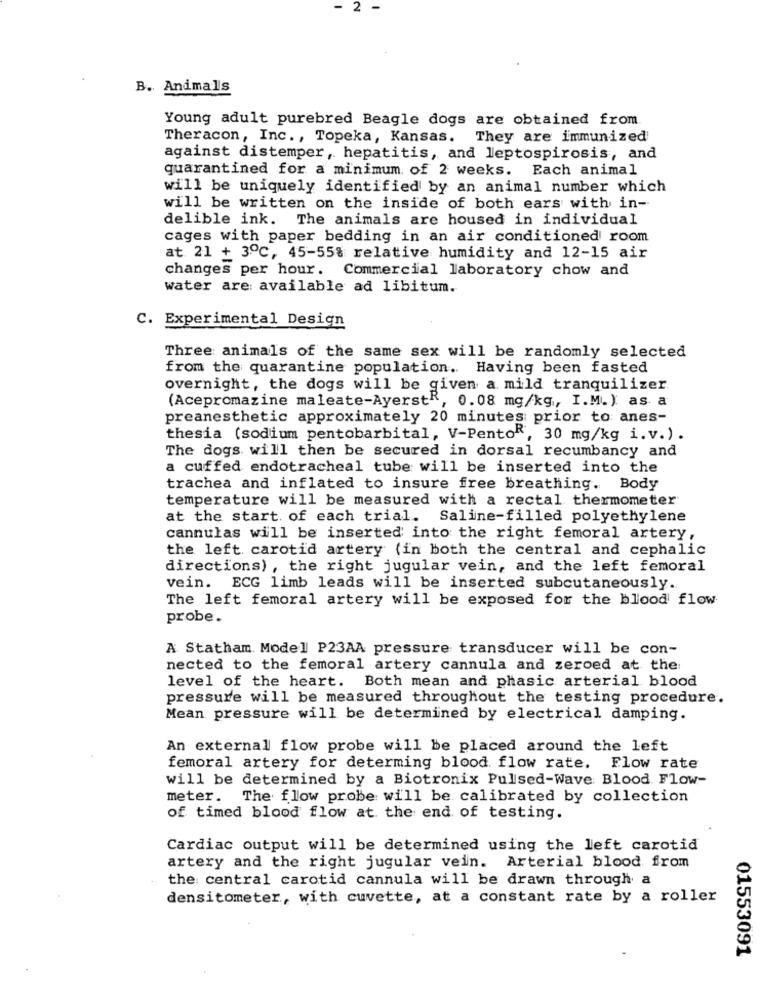
- 2 -
B. Animals
Young adult purebred Beagle dogs are obtained from.
Theracon, Inc ., Topeka, Kansas. They are immunized
against distemper, hepatitis, and leptospirosis, and
quarantined for a minimum of 2 weeks. Each animal
will be uniquely identified by an animal number which
will be written on the inside of both ears with in-
delible ink. The animals are housed in individual
cages with paper bedding in an air conditioned room
at 21 + 3℃, 45-55% relative humidity and 12-15 air
changes per hour. Commercial laboratory chow and
water are available ad libitum.
C. Experimental Design
Three animals of the same sex will be randomly selected
from the quarantine population. Having been fasted
overnight, the dogs will be given a mild tranquilizer
(Acepromazine maleate-AyerstR, 0.08 mg/kg, I.M.) as a
preanesthetic approximately 20 minutes prior to anes-
thesia (sodium pentobarbital, V-Pento", 30 mg/kg i.v.) .
The dogs will then be secured in dorsal recumbancy and
a cuffed endotracheal tube will be inserted into the
trachea and inflated to insure free breathing. Body
temperature will be measured with a rectal thermometer
at the start of each trial. Saline-filled polyethylene
cannulas will be inserted into the right femoral artery,
the left carotid artery (in both the central and cephalic
directions) , the right jugular vein, and the left femoral
vein. ECG limb leads will be inserted subcutaneously.
The left femoral artery will be exposed for the blood flow
probe.
A Statham. Model P23AA pressure transducer will be con-
nected to the femoral artery cannula and zeroed at the:
level of the heart. Both mean and phasic arterial blood
pressure will be measured throughout the testing procedure.
Mean pressure will be determined by electrical damping.
An external flow probe will be placed around the left
femoral artery for determing blood flow rate. Flow rate
will be determined by a Biotronix Pulsed-Wave Blood Flow-
meter. The flow probe will be calibrated by collection
of timed blood flow at the end of testing.
Cardiac output will be determined using the left carotid
artery and the right jugular vein. Arterial blood from
the central carotid cannula will be drawn through a
densitometer, with cuvette, at a constant rate by a roller
01553091